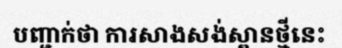
បញ្ជាក់ថា ការសាងសង់ស្ពានថ្មីនេះ